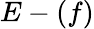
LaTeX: E-(f)